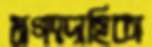
মগণদাহিকা